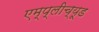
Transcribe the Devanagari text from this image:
एम्प्लीच्यूड